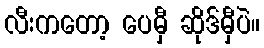
လီးကတော့ ပေမှီ ဆိုဒ်မှီပဲ။